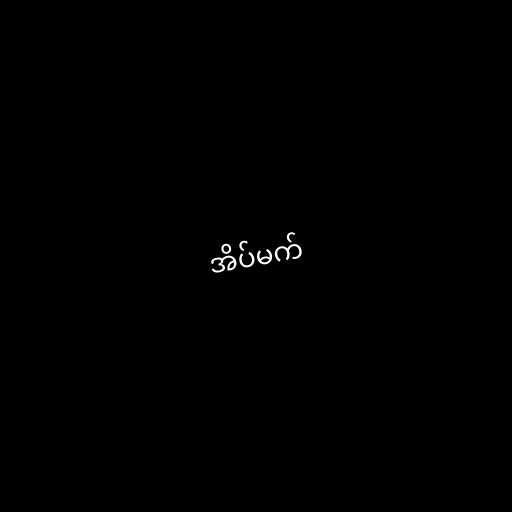
အိပ်မက်